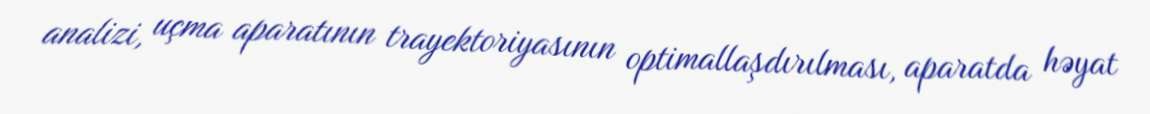
analizi, uçma aparatının trayektoriyasının optimallaşdırılması, aparatda həyat